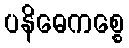
ပနိဓေကစ္စေ